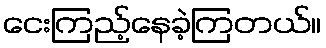
ငေးကြည့်နေခဲ့ကြတယ်။